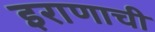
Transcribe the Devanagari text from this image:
इराणाची